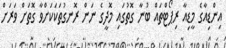
އިންޑިއާގެ މީޑިއާ ރިޕޯޓްތައް ބުނާ ގޮތުގައި މޮދީގެ ނަން ރޮނގުތަކަކަށްވާ ގޮތަށް ވަރަށް